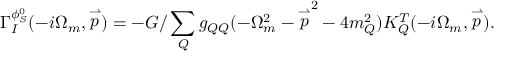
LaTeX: \Gamma _ { I } ^ { \phi _ { S } ^ { 0 } } ( - i \Omega _ { m } , \stackrel { \rightharpoonup } { p } ) = - G / \sum _ { Q } g _ { Q Q } ( - \Omega _ { m } ^ { 2 } - { \stackrel { \rightharpoonup } { p } } ^ { 2 } - 4 m _ { Q } ^ { 2 } ) K _ { Q } ^ { T } ( - i \Omega _ { m } , \stackrel { \rightharpoonup } { p } ) .